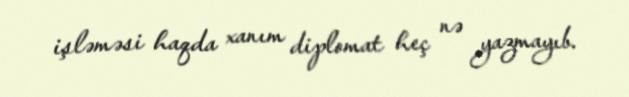
işləməsi haqda xanım diplomat heç nə yazmayıb.